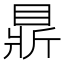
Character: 𥇴